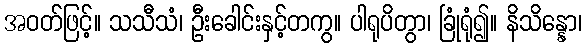
အဝတ်ဖြင့်။ သသီသံ၊ ဦးခေါင်းနှင့်တကွ။ ပါရုပိတွာ၊ ခြုံရုံ၍။ နိသိန္နော၊